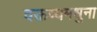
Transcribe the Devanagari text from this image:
वक्तव्यमधुना